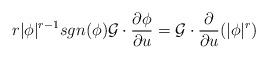
LaTeX: \begin{align*}r\vert \phi \vert^{r-1}sgn(\phi) \mathcal{G}\cdot\dfrac{\partial \phi}{\partial u} =\mathcal{G}\cdot\dfrac{\partial }{\partial u}(\vert\phi\vert^r)\end{align*}